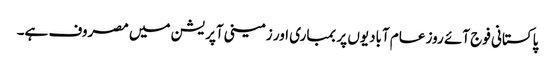
پاکستانی فوج آئے روز عام آبادیوں پر بمباری اور زمینی آپریشن میں مصروف ہے۔